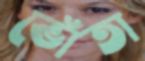
ভোঁতা